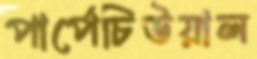
পার্পেচিউয়াল